Plague in India, 1896, 1897 - Volume 2
Year: 1896
Disease focus: Plague
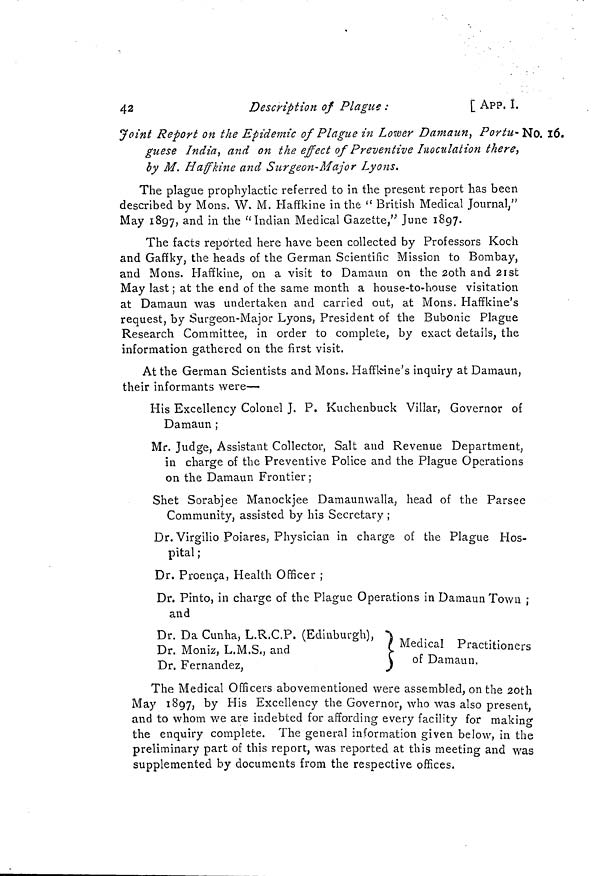
42
Description of Plague :
[ APP. I.
No. 16.
Joint Report on the Epidemic of Plague in Lower Damaun, Portu-
guese India, and on the effect of Preventive Inoculation there,
by M. Haffkine and Surgeon-Major Lyons.
The plague prophylactic referred to in the present report has been
described by Mons. W. M. Haffkine in the " British Medical Journal,"
May 1897, and in the " Indian Medical Gazette," June 1897.
The facts reported here have been collected by Professors Koch
and Gaffky, the heads of the German Scientific Mission to Bombay,
and Mons. Haffkine, on a visit to Damaun on the 2oth and 21st
May last ; at the end of the same month a house-to-house visitation
at Damaun was undertaken and carried out, at Mons. Haffkine's
request, by Surgeon-Major Lyons, President of the Bubonic Plague
Research Committee, in order to complete, by exact details, the
information gathered on the first visit.
At the German Scientists and Mons. Haffkine's inquiry at Damaun,
their informants were—
His Excellency Colonel J. P. Kuchenbuck Villar, Governor of
Damaun ;
Mr. Judge, Assistant Collector, Salt and Revenue Department,
in charge of the Preventive Police and the Plague Operations
on the Damaun Frontier ;
Shet Sorabjee Manockjee Damaunwalla, head of the Parsee
Community, assisted by his Secretary ;
Dr. Virgilio Poiares, Physician in charge of the Plague Hos-
pital ;
Dr. Proença, Health Officer ;
Dr. Pinto, in charge of the Plague Operations in Damaun Town ;
and
Dr. Da Cunha, L.R.C.P. (Edinburgh), '
Dr. Moniz, L.M.S,, and
Dr. Fernandez,
Medical Practitioners
of Damaun.
The Medical Officers abovementioned were assembled, on the 20th
May 1897, by His Excellency the Governor, who was also present,
and to whom we are indebted for affording every facility for making
the enquiry complete. The general information given below, in the
preliminary part of this report, was reported at this meeting and was
supplemented by documents from the respective offices.